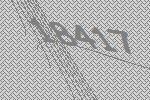
18417